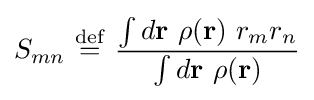
S_{mn}\ {\stackrel {\mathrm {def} }{=}}\ {\dfrac {\int d\mathbf {r} \ \rho (\mathbf {r} )\ r_{m}r_{n}}{\int d\mathbf {r} \ \rho (\mathbf {r} )}}